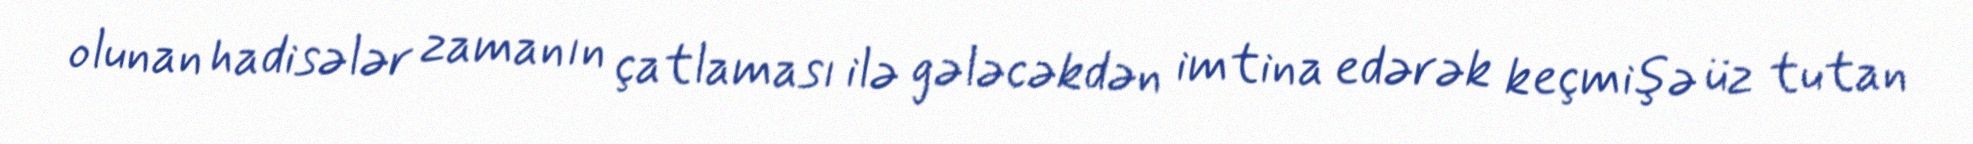
olunan hadisələr zamanın çatlaması ilə gələcəkdən imtina edərək keçmişə üz tutan